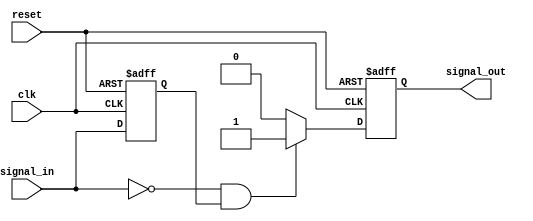
module negative_edge_detector (
    input wire clk,              // Clock signal
    input wire reset,            // Asynchronous reset signal
    input wire signal_in,        // Input signal to monitor for negative edges
    output reg signal_out        // Output pulse indicating a negative edge
);

    reg prev_signal;             // Register to hold the previous state of the input signal

    // Asynchronous reset and edge detection logic
    always @(posedge clk or posedge reset) begin
        if (reset) begin
            prev_signal <= 1'b0;   // Initialize previous signal on reset
            signal_out <= 1'b0;     // Initialize output signal on reset
        end else begin
            // Detect negative edge
            if (signal_in == 1'b0 && prev_signal == 1'b1) begin
                signal_out <= 1'b1;  // Set output high on negative edge
            end else begin
                signal_out <= 1'b0;   // Clear output otherwise
            end
            
            // Update previous signal for next clock cycle
            prev_signal <= signal_in;
        end
    end

endmodule